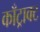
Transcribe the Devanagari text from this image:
काँट्राक्ट